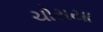
ચોરાયા